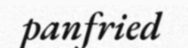
panfried